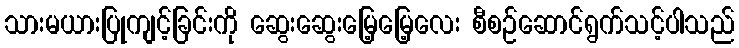
သားမယားပြုကျင့်ခြင်းကို ဆွေးဆွေးမြေ့မြေ့လေး စီစဉ်ဆောင်ရွက်သင့်ပါသည်